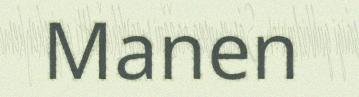
Manen